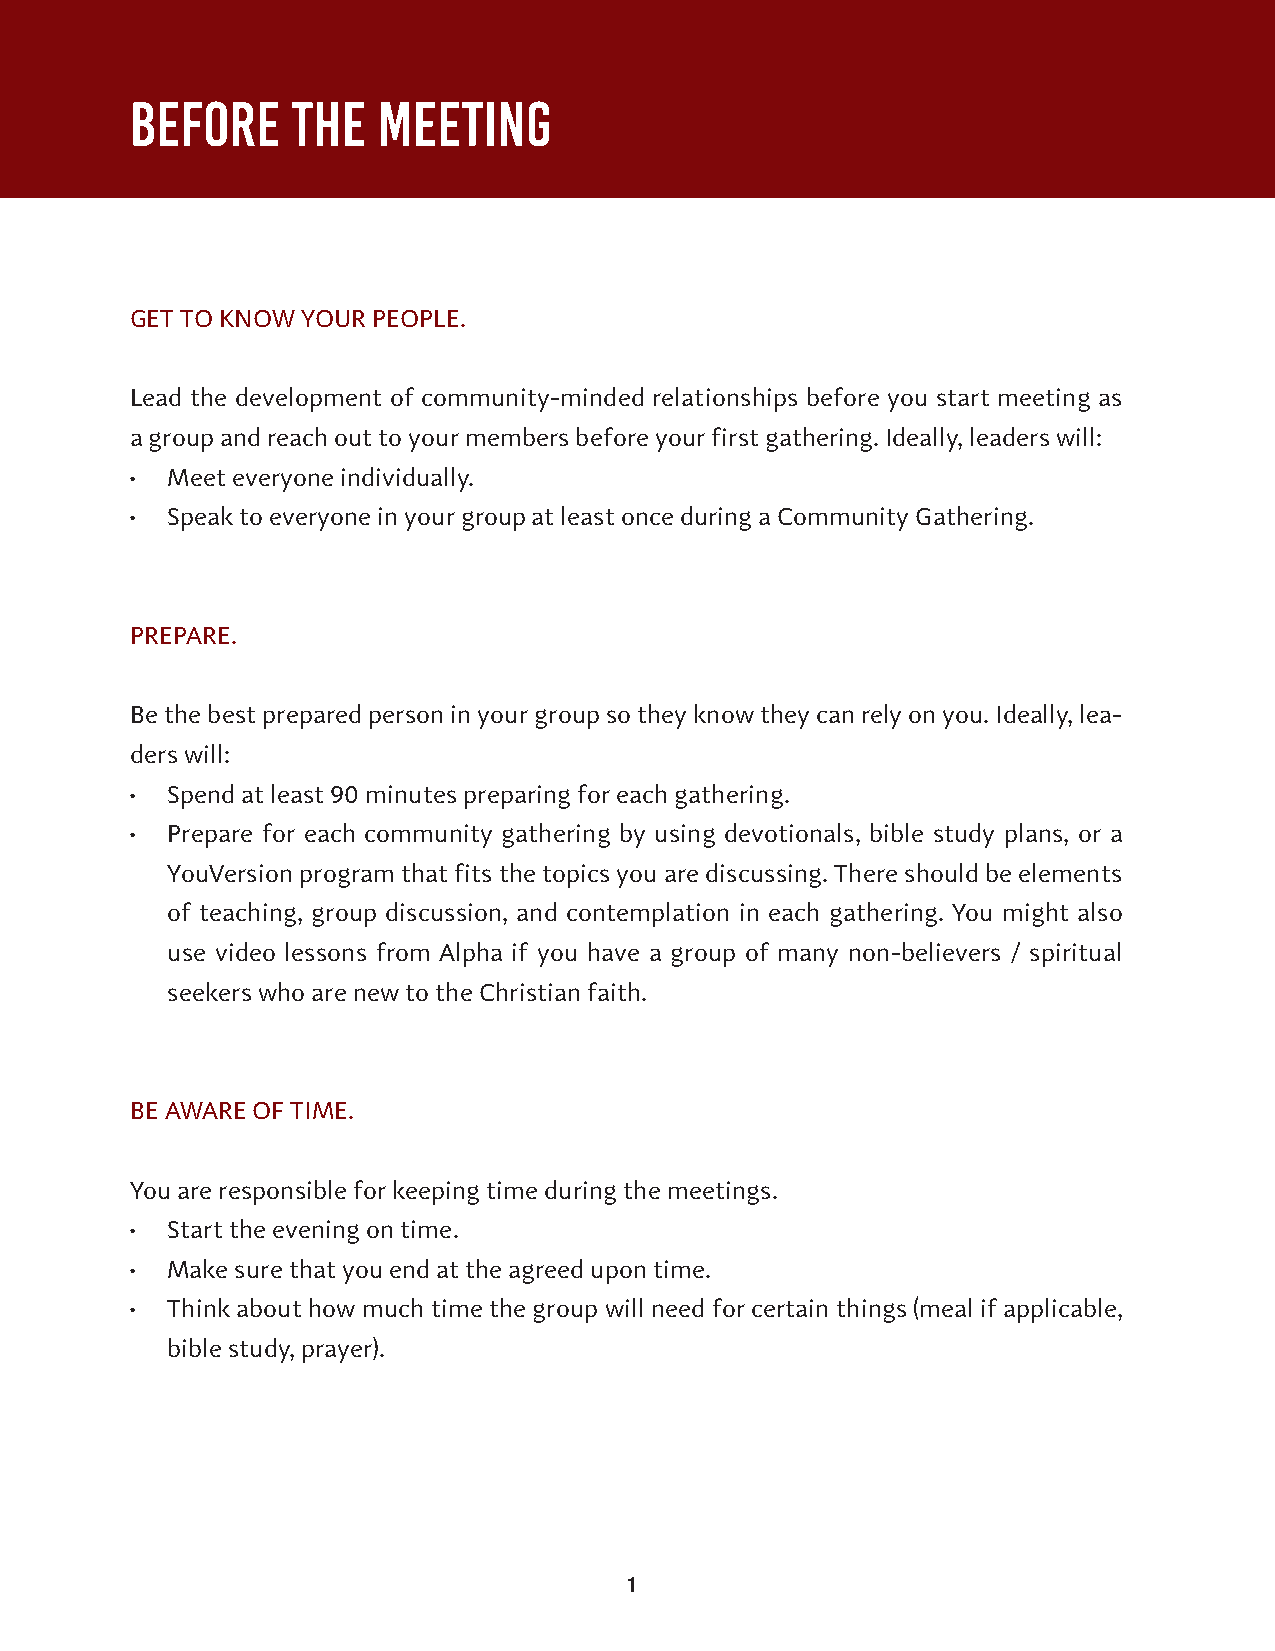
BEFORE    THE   MEETING
 GET TO KNOW YOUR PEOPLE.
 Lead the development of community-minded relationships before you start meeting as
 a group and reach out to your members before your first gathering. Ideally, leaders will:
 • Meet everyone individually.
 • Speak to everyone in your group at least once during a Community Gathering.
 PREPARE.
 Be the best prepared person in your group so they know they can rely on you. Ideally, lea-
 ders will:
 • Spend at least 90 minutes preparing for each gathering.
 • Prepare for each community gathering by using devotionals, bible study plans, or a
 YouVersion program that fits the topics you are discussing. There should be elements
 of teaching, group discussion, and contemplation in each gathering. You might also
 use video lessons from Alpha if you have a group of many non-believers / spiritual
 seekers who are new to the Christian faith.
 BE AWARE OF TIME.
 You are responsible for keeping time during the meetings.
 • Start the evening on time.
 • Make sure that you end at the agreed upon time.
 • Think about how much time the group will need for certain things (meal if applicable,
 bible study, prayer).
 1